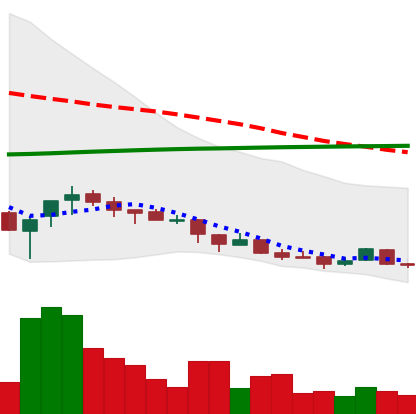
Ticker: NEO-USD
Chart end date: 2018-04-05
Forward return: 11.484%
Label: up_7plus